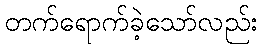
တက်ရောက်ခဲ့သော်လည်း